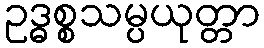
ဥဒ္ဓစ္စသမ္ပယုတ္တာ